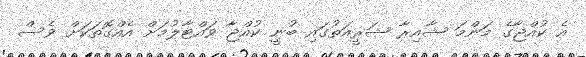
އެ ކުއްޖާގެ މަންމަ ޝާއިރާ ޝަރީއަތުގައި ބުނީ ކުއްޖާ ވައްޓާލުމަށް އެއްގޮތަކަށް ވެސް